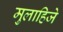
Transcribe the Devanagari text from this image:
मुलाहिजे